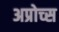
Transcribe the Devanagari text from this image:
अप्रोच्स